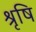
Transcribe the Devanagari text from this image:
श्रृषि